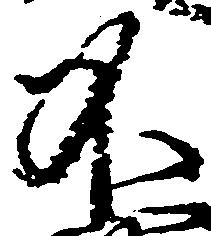
不